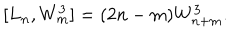
[ L _ { n } , W _ { m } ^ { 3 } ] = ( 2 n - m ) W _ { n + m } ^ { 3 } .